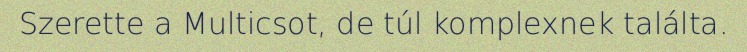
Szerette a Multicsot, de túl komplexnek találta.